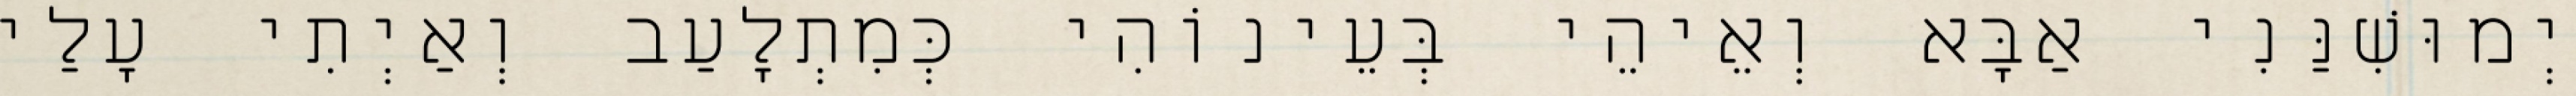
יְמוּשִׁנַּנִי אַבָּא וְאֵיהֵי בְּעֵינוֹהִי כְּמִתְלָעַב וְאַיְתִי עָלַי